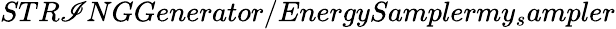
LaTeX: STR\mathscr{I}NGGenerator/EnergySamplermy_{s}ampler